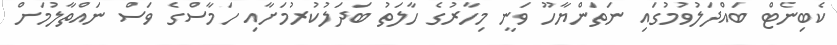
ކެބިނެޓް ބައްދަލުވުމުގައި ނަތަންޔާހޫ ވަނީ މިހާރުގެ ހާލަތު ބަދަލުކުރުމަށާއި ހަމާސްގެ ވަސް ނައްތާލުމަށް